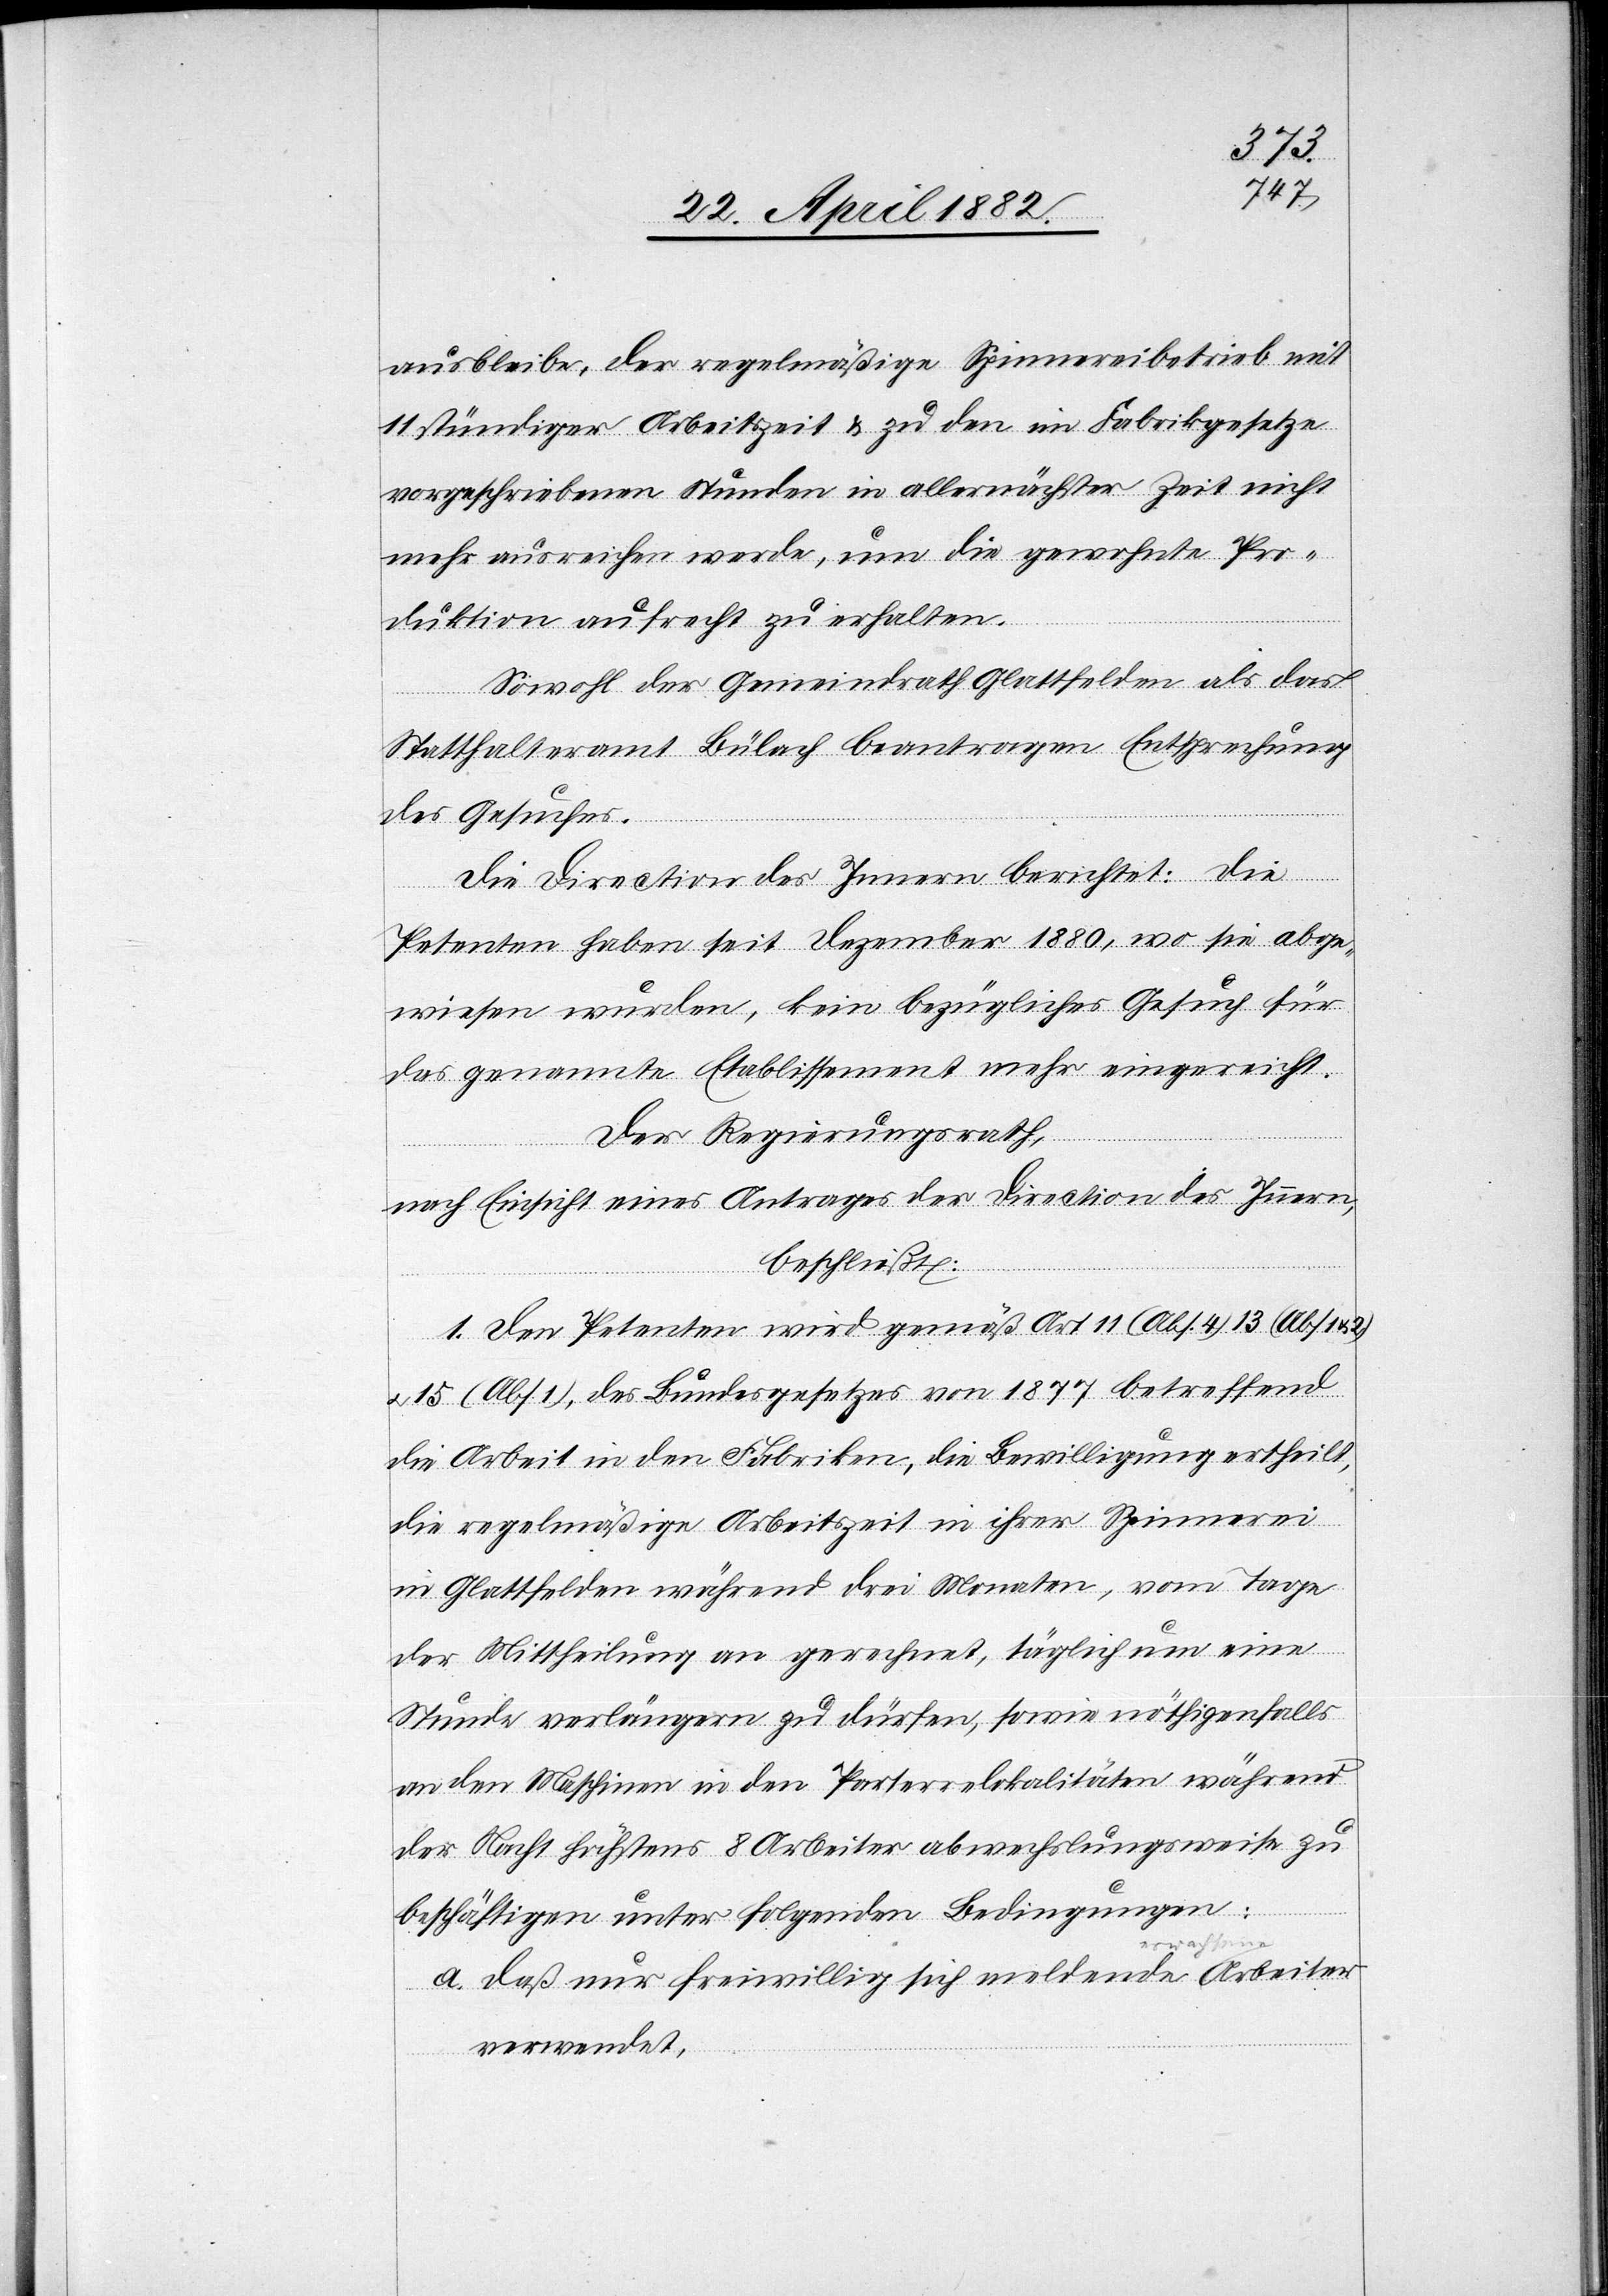
ausbleibe, der regelmäßige Spinnereibetrieb mit
11stündiger Arbeitszeit & zu den im Fabrikgesetze
vorgeschriebenen Stunden in allernächster Zeit nicht
mehr ausreichen werde, um die gewohnte Pro¬
duktion aufrecht zu erhalten.
Sowohl der Gemeindrath Glattfelden als das
Statthalteramt Bülach beantragen Entsprechung
Arbe¬
des Gesuches.
Die Direction des Innern berichtet: Die
iter
Petenten haben seit Dezember 1880, wo sie abge¬
wiesen wurden, kein bezügliches Gesuch für
das genannte Etablissement mehr eingereicht.
Der Regierungsrath,
nach Einsicht eines Antrages der Direction des Innern,
beschließt:
1. Den Petenten wird gemäß Art. 11 (Abs. 4), 13 (Abs.
u. 15 (Abs. 1), des Bundesgesetzes von 1877 betreffend
die Arbeit in den Fabriken, die Bewilligung ertheilt,
die regelmäßige Arbeitszeit in ihrer Spinnerei
in Glattfelden während drei Monaten, vom Tage
der Mittheilung an gerechnet, täglich um eine
Stunde verlängern zu dürfen, sowie nöthigenfalls
an den Maschinen in den Parterrelokalitäten während
der Nacht höchstens 8 Arbeiter abwechslungsweise zu
beschäftigen unter folgenden Bedingungen:
a. daß nur freiwillig sich meldende erwachsene
verwendet,